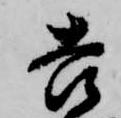
吉